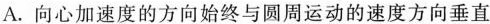
A. 向心加速度的方向始终与圆周运动的速度方向垂直